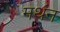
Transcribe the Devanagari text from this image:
मथंन